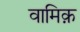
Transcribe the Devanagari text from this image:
वामिक़